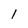
Character: l